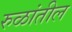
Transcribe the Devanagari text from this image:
रुळांतील